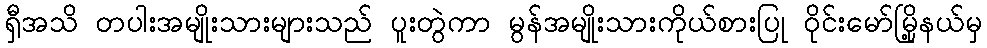
ရှီအသိ တပါးအမျိုးသားများသည် ပူးတွဲကာ မွန်အမျိုးသားကိုယ်စားပြု ဝိုင်းမော်မြို့နယ်မှ